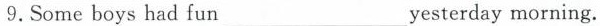
9.Some boys had fun__________yesterdaymorning.